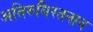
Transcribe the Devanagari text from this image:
अतिरुधिरतनाव